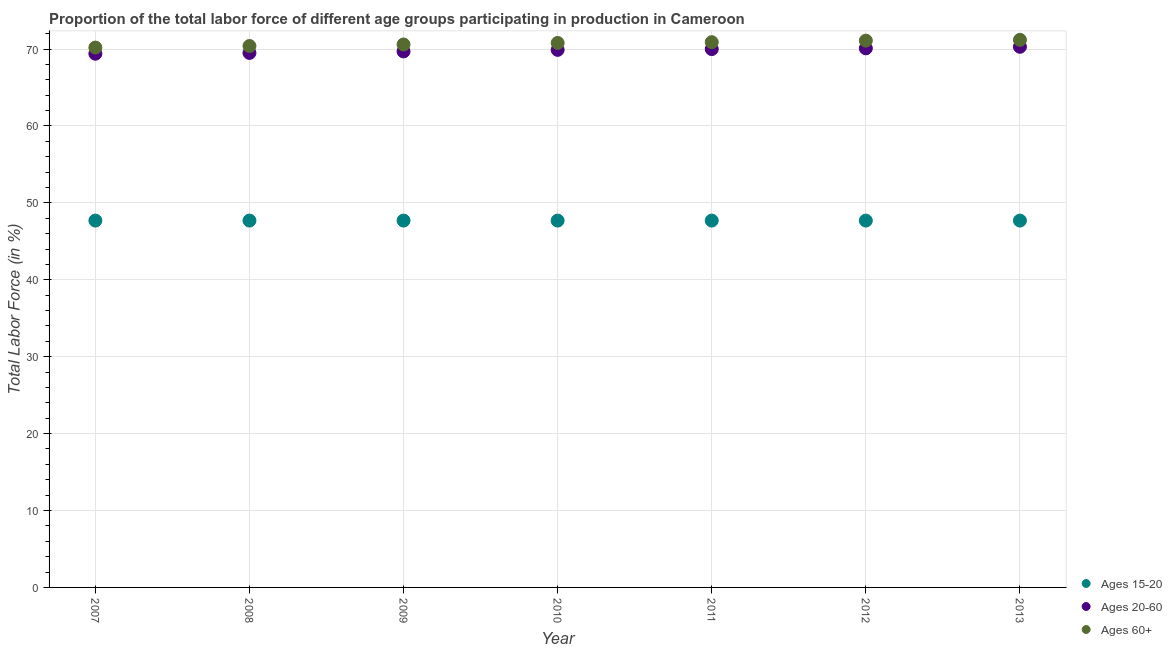
| Year | Ages 15-20 | Ages 20-60 | Ages 60+ |
 | --- | --- | --- | --- |
 | 2007 | 47.7 | 69.4 | 70.2 |
 | 2008 | 47.7 | 69.5 | 70.4 |
 | 2009 | 47.7 | 69.7 | 70.6 |
 | 2010 | 47.7 | 69.9 | 70.8 |
 | 2011 | 47.7 | 70 | 70.9 |
 | 2012 | 47.7 | 70.1 | 71.1 |
 | 2013 | 47.7 | 70.3 | 71.2 |